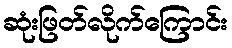
ဆုံးဖြတ်လိုက်ကြောင်း